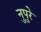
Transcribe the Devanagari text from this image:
नुपुरे